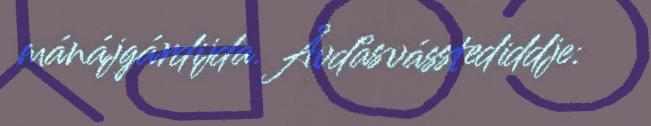
mánájgárdijda. Åvdåsvásstediddje: